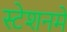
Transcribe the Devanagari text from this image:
स्टेशनमें